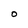
Character: O